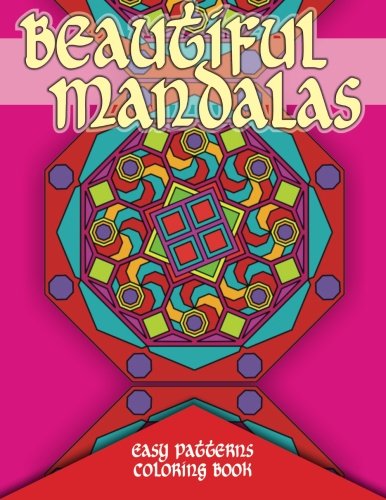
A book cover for Beautiful Mandalas Easy Patterns Coloring Book (Sacred Mandala Designs and Patterns Coloring Books for Adults) (Volume 86); Lilt Kids Coloring Books; Religion & Spirituality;